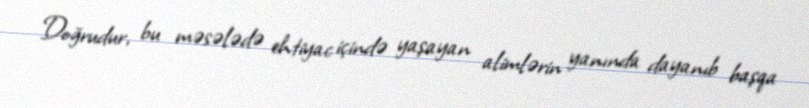
Doğrudur, bu məsələdə ehtiyac içində yaşayan alimlərin yanında dayanıb başqa